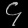
Digit: ၄